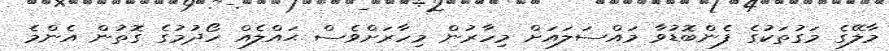
މާލޭގެ މަގުތަކުގެ ފެންބޮޑުވާ މައްސަލައަށް މިހާރުން މިހާރަށްވެސް ޙައްލެއް ހޯދުމުގެ ގޮތުން އެންމެ